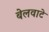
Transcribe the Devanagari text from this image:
बेलवाटे